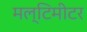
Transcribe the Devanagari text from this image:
मल्टिमीटर